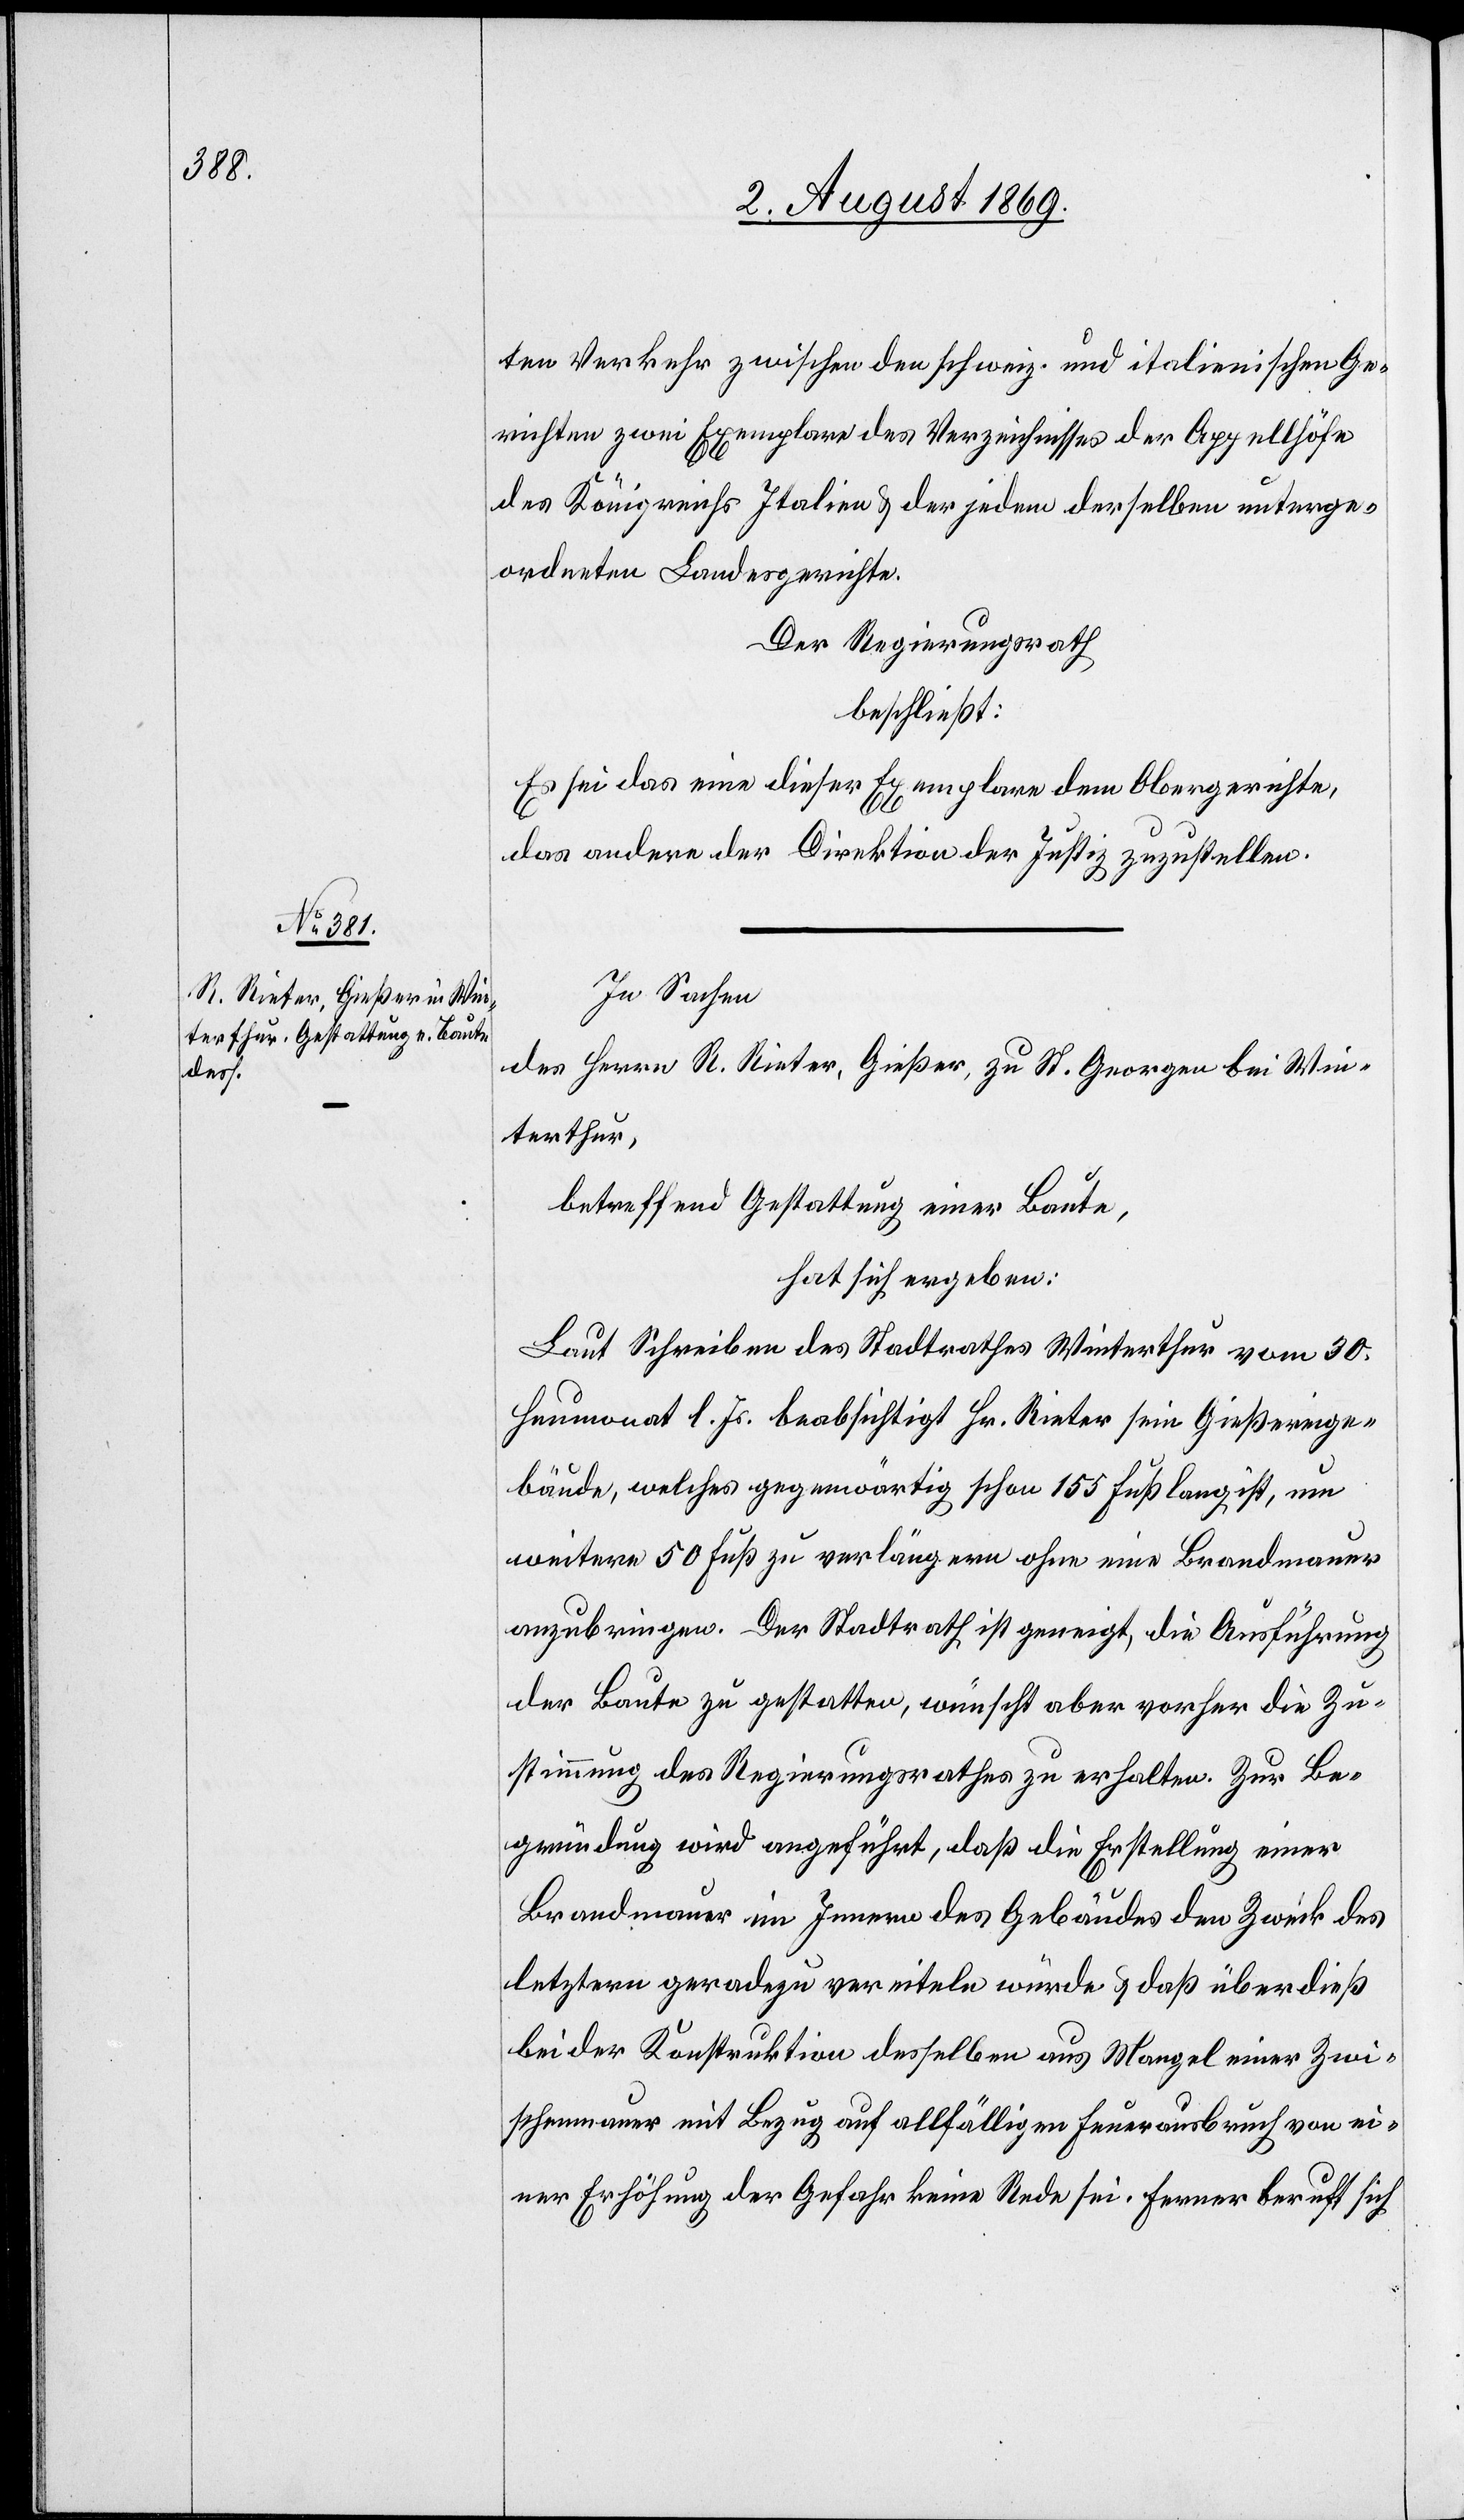
ichten

ten Verkehr zwischen den schweiz. und italienischen Ger¬
des Königreichs Italien & der jeden derselben unterge¬
ordneten Landesgerichte.
Der Regierungsrath,
beschließt:
Es sei das eine dieser Exemplare dem Obergerichte,
das andere der Direktion der Justiz zuzustellen.
In Sachen
des Herrn R. Rieter, Gießer, zu St. Georgien bei Win¬
terthur,
betreffend Gestattung einer Baute,
hat sich ergeben:
Laut Schreiben des Stadtrathes Winterthur vom 30
Heumonat l. Js. beabsichtigt Hr. Rieter sein Gießereige¬
bäude, welches gegenwärtig schon 155 Fuß lang ist, um
weitere 50 Fuß zu verlängern ohne eine Brandmauer
anzubringen. Der Stadtrath ist geneigt, die Ausführung
der Baute zu gestatten, wünscht aber vorher die Zu¬
stimmung des Regierungsrathes zu erhalten. Zur Be¬
gründung wird angeführt, daß die Erstellung einer
Brandmauer im Innern des Gebäudes den Zweck des
letztern geradezu vereiteln würde & daß überdieß
bei der Konstruktion desselben aus Mangel einer Zwi¬
schenmauer mit Bezug auf allfälligen Feuerausbruch von ei¬
ner Erhöhung der Gefahr keine Rede sei. Ferner beruft sich